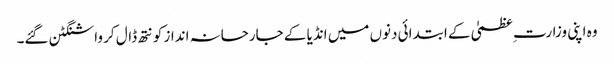
وہ اپنی وزارت ِعظمیٰ کے ابتدائی دنوں میں انڈیا کے جارحانہ انداز کو نتھ ڈال کر واشنگٹن گئے۔